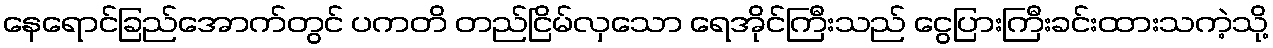
နေရောင်ခြည်အောက်တွင် ပကတိ တည်ငြိမ်လှသော ရေအိုင်ကြီးသည် ငွေပြားကြီးခင်းထားသကဲ့သို့